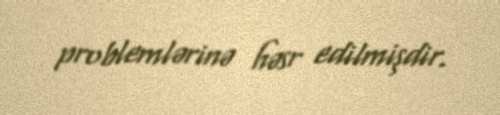
problemlərinə həsr edilmişdir.